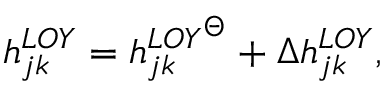
h _ { j k } ^ { L O Y } = { h _ { j k } ^ { L O Y } } ^ { \Theta } + \Delta h _ { j k } ^ { L O Y } ,